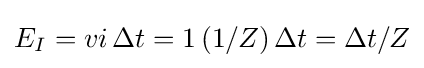
E_{I}=vi\,\Delta t=1\left(1/Z\right)\Delta t=\Delta t/Z